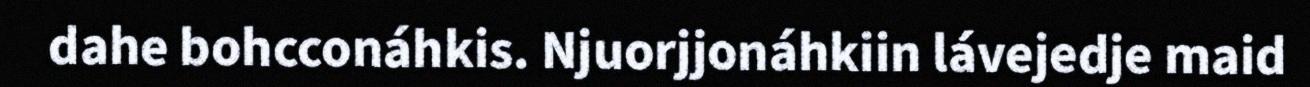
dahe bohcconáhkis. Njuorjjonáhkiin lávejedje maid